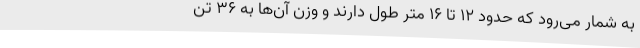
به شمار می‌رود که حدود ۱۲ تا ۱۶ متر طول دارند و وزن آن‌ها به ۳۶ تُن